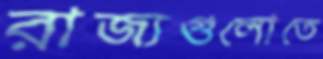
রাজ্যগুলোতে